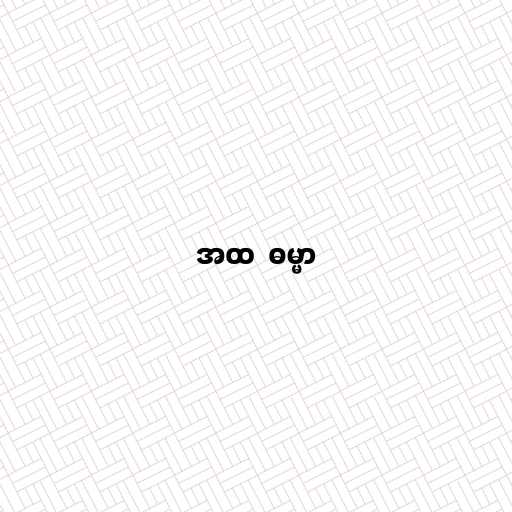
အထ  ဓမ္မာ